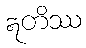
ဣတိဿ